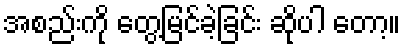
အစည်းကို တွေ့မြင်ခဲ့ခြင်း ဆိုပါ တော့။